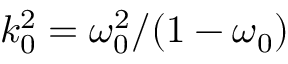
k _ { 0 } ^ { 2 } = \omega _ { 0 } ^ { 2 } / ( 1 - \omega _ { 0 } )